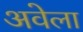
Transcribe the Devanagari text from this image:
अवेला